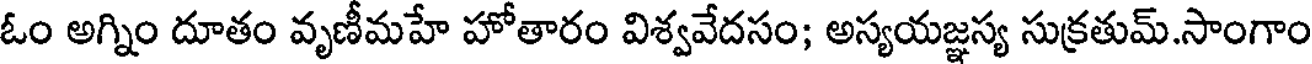
ఓం అగ్నిం దూతం వృణీమహే హోతారం విశ్వవేదసం; అస్యయజ్ఞస్య సుక్రతుమ్.సాంగాం